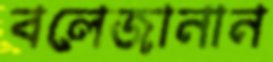
বলেজানান